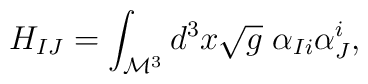
H_{IJ}=\int_{\mathcal{M}^{3}} d^{3}x\sqrt{g} \; \alpha_{Ii}\alpha_{J}^{i},